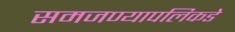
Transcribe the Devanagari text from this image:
समजण्यापलिकडे